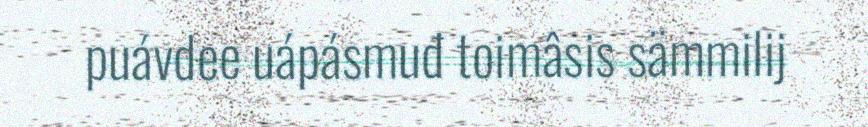
puávdee uápásmuđ toimâsis sämmilij